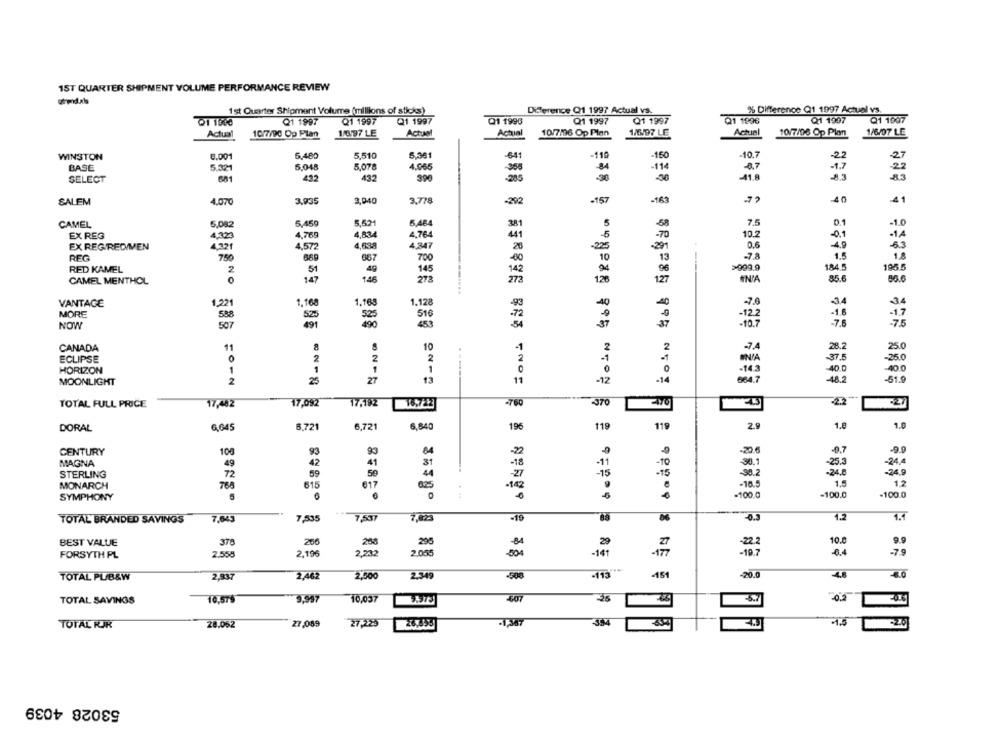
1ST QUARTER SHIPMENT VOLUME PERFORMANCE REVIEW
1 st Quarter Shipment Volume (millions of sticks)
Difference Q1 1997 Actual vs.
% Difference Q1 1997 Actual vs.
Q1 1907
Q1 1907
Q1 1997
Q1 1997
Q1 1997
Q1 1996
Q1 1997
Q1 1997
Q1 1996
Actual
10/7/90 Op Plan
1/6/97 LE
Actual
Actual
10/7/96 Op Plan
1/6/97 LE
Actual
10/7/98 Op Plan
1/6/07 LE
WINSTON
6.001
5.480
5,510
-64
-119
-150
-10.7
22
BASE
5.321
5,048
5,078
4.065
-365
-114
-8.7
SELECT
681
422
432
390
-285
-41.8
8.3
SALEM
3.935
3,940
3,778
-292
-157
-163
40
41
4.070
5,082
5,450
5,521
BABA
38
5
-58
7.5
-1.0
CAMEL
EX REG
4,789
4,834
4.764
41
-70
10.2
-0.1
-14
4,572
4,830
4,847
-201
0.6
-49
-63
EX REGREDIMEN
-225
REG
750
669
667
-60
10
13
-7.8
1.5
1.8
RED KAMEL
49
2009.9
184.5
195.5
2
51
145
142
94
96
CAMEL MENTHOL
147
146
273
273
126
127
IN'A
85.6
VANTAGE
1221
1, 168
1.168
1.128
-40
40
-7.8
-34
34
MORE
588
525
525
Ste
.72
-1.8
NOW
507
491
490
453
-54
ST
-7.5
CANADA
11
10
1
2
7.4
28.2
25.0
2
2
-37.5
-25.0
ECLIPSE
0
2
2
HORIZON
1
1
1
0
-143
40.0
-40.0
13
-12
-14
664.7
-48.2
-51.9
MOONLIGHT
2
25
11
TOTAL FULL PRICE
17,482
17,092
17,192
16.7223
-760
370
27
1.0
DORAL
G 645
5,721
6,721
6,840
196
119
119
CENTURY
100
93
93
-2
-20 6
-9.7
-9.9
-25.3
-244
MAGNA
49
42
41
31
-18
-11
-10
30.1
STERLING
72
59
59
44
-27
-15
-15
30.2
-24.8
-24.9
615
1.
12
MONARCH
768
625
-142
-18.5
SYMPHONY
-100.0
-100.0
-100.0
TOTAL BRANDED SAVINGS
7,043
7,535
7.537
7,023
-15
1.2
1.1
BEST VALUE
378
266
295
10.
29
FORSYTH PL
2.558
2,196
2,232
2.055
141
NE
.7.9
TOTAL PU/B&W
2,937
2,462
2,500
2.349
-500
-113
-451
-20.0
4.8
TOTAL SAVINGS
10,579
9,997
10.037
4,07
25
-0.2
27,089
27,225
-1,367
354
-1.5
TOTAL KJK
28.062
53028 4039